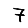
Digit: 7